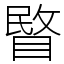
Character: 睯